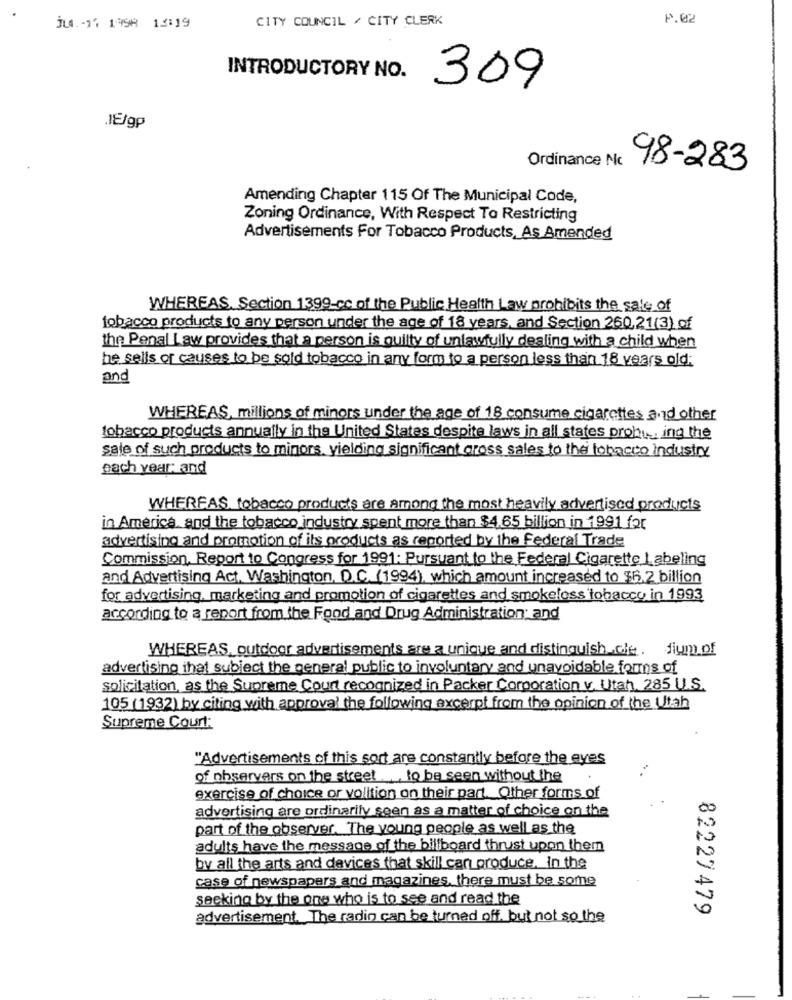
CITY COUNCIL / CITY CLERK
1.02
İLG. - 1: 1998 15:19
INTRODUCTORY NO.
309
JEIgp
Ordinance Nc
98-283
Amending Chapter 115 Of The Municipal Code,
Zoning Ordinance, With Respect To Restricting
Advertisements For Tobacco Products, As Amended
WHEREAS. Section 1399-cc of the Public Health Law prohibits the sale of
tobacco products to any person under the age of 18 years, and Section 260,21(3) of
the Penal Law provides that a person is guilty of unlawfully dealing with a child when
he sells or causes to be sold tobacco in any form to a person less than 18 years old;
and
WHEREAS, millions of minors under the age of 18 consume cigarettes and other
tobacco products annually in the United States despite laws in all states prohw ing the
sale of such products to minors, yielding significant gross sales to the tobacco Industry
each year_and
WHEREAS, tobacco products are among the most heavily advertised products
in America, and the tobacco industry spent more than $4.65 billion in 1991 for
advertising and promotion of its products as reported by the Federal Trade
Commission, Report to Congress for 1991: Pursuant to the Federal Cigarette labeling
and Advertising Act, Washington, D.C. (1994), which amount increased to $15.2 billion
for advertising, marketing and promotion of cigarettes and smokeloss tobacco in 1993
according to a report from the Food and Drug Administration; and
WHEREAS, outdoor advertisements are a unique and distinguish.cie. Jium of
advertising that subject the general public to involuntary and unavoidable forms of
solicitation, as the Supreme Court recognized in Packer Corporation v. Utah. 285 U.S.
105 (1932) by citing with approval the following excerpt from the opinion of the Utah
Supreme Court:
"Advertisements of this sort are constantly before the eyes
of observers on the street to be seen without the
exercise of choice or volition on their part. Other forms of
advertising are ordinarily seen as a matter of choice on the
part of the observer. The young people as well as the
adults have the message of the billboard thrust upon them
by all the arts and devices that skill can produce, in the
case of newspapers and magazines, there must be some
seeking by the one who is to see and read the
82227479
advertisement. The radio can be turned off. but not so the